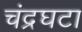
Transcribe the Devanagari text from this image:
चंद्रघटा